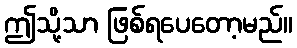
ဤသို့သာ ဖြစ်ရပေတော့မည်။